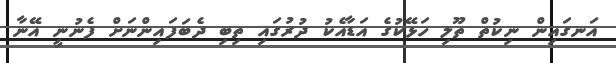
އަނގައިން ނިކުތް ތޫލި ހަޅޭކުގެ އަޑާއެކު ދުރުގައި ތިބި ދެބަފައިންނަށް ފެނުނީ އޭނާ